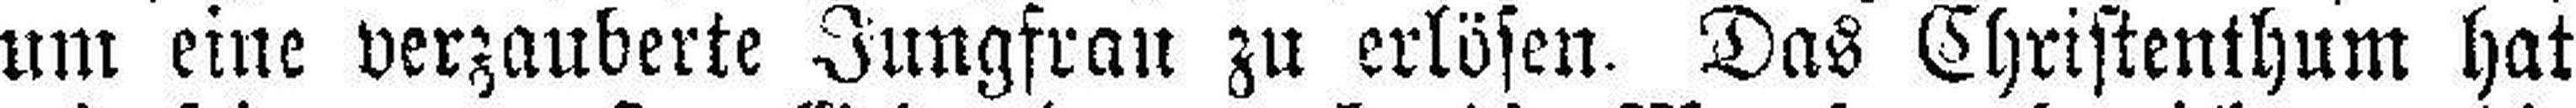
um eine verzauberte Jungfrau zu erlösen. Das Christenthum hat